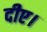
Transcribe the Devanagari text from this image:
दीए।